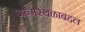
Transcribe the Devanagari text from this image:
जन्मस्थळाबद्दल